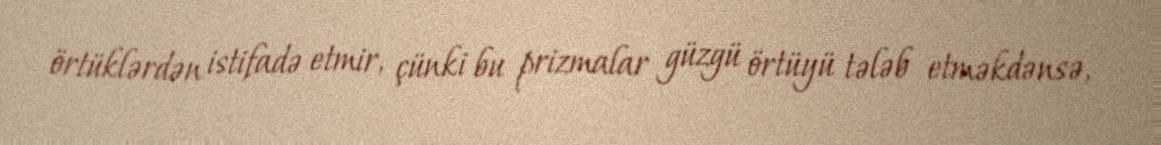
örtüklərdən istifadə etmir, çünki bu prizmalar güzgü örtüyü tələb etməkdənsə,